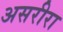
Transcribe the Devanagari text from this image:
असरीरा